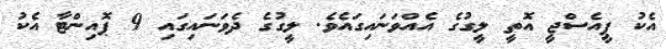
އެކު ޕީއެސްޖީ އޮތީ ލީގުގެ އެއްވަނައިގައެވެ. ލީގުގެ ދެވަނައިގައި 9 ޕޮއިންޓާ އެކު